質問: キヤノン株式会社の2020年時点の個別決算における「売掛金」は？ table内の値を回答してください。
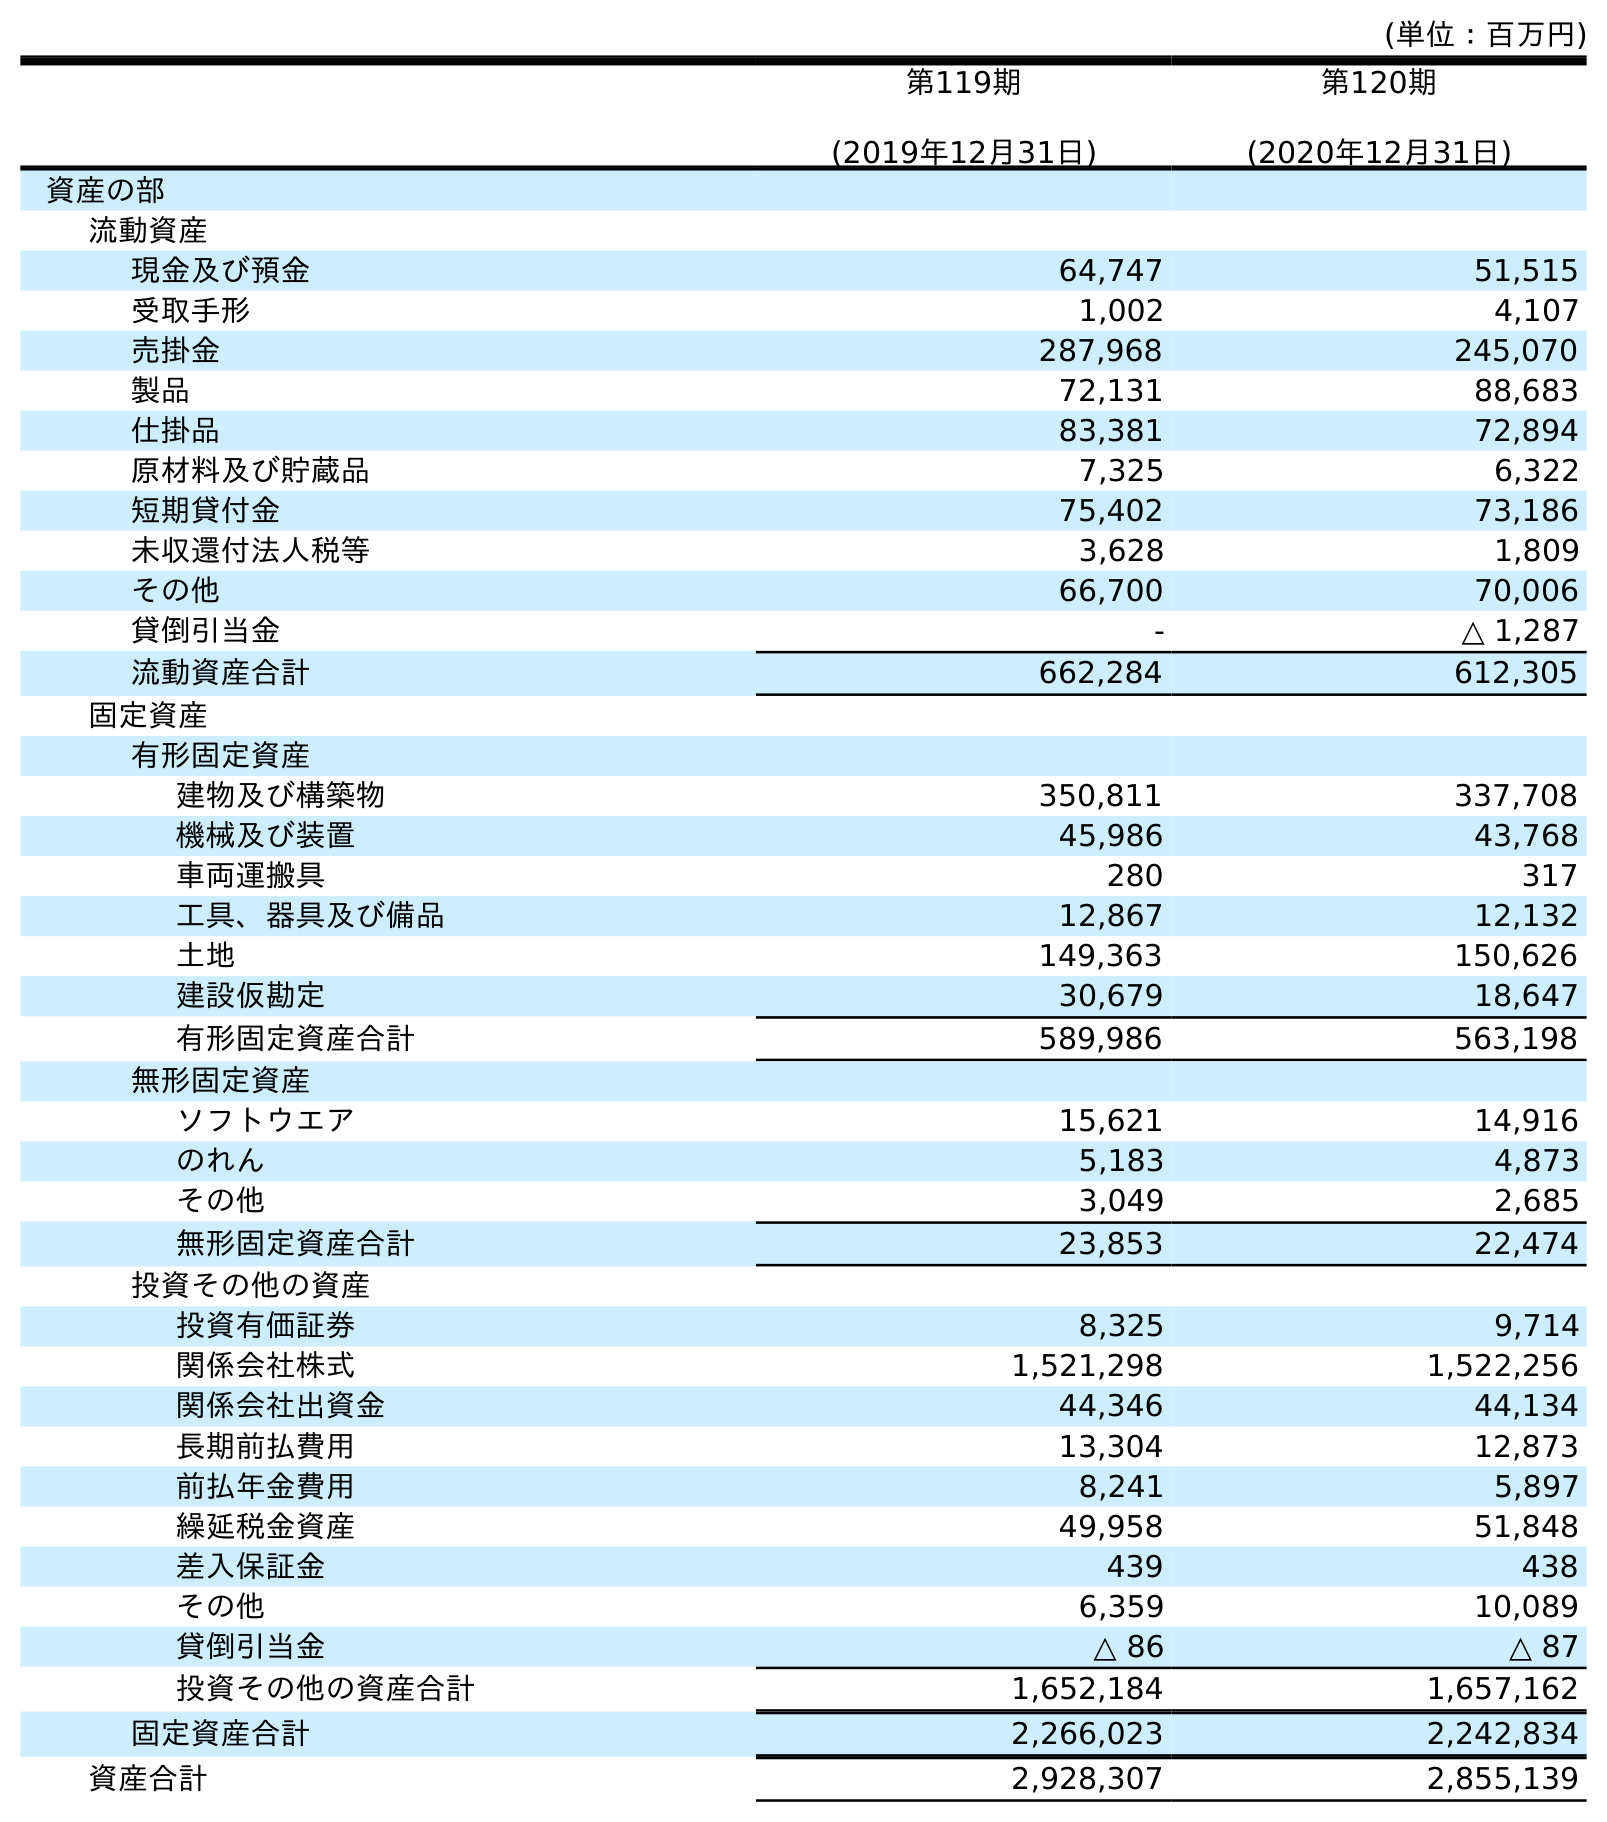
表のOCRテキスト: (単位：百万円) 第119期 (2019年12月31日) 第120期 (2020年12月31日) 資産の部 流動資産 現金及び預金 64,747 51,515 受取手形 1,002 4,107 売掛金 287,968 245,070 製品 72,131 88,683 仕掛品 83,381 72,894 原材料及び貯蔵品 7,325 6,322 短期貸付金 75,402 73,186 未収還付法人税等 3,628 1,809 その他 66,700 70,006 貸倒引当金 - △ 1,287 流動資産合計 662,284 612,305 固定資産 有形固定資産 建物及び構築物 350,811 337,708 機械及び装置 45,986 43,768 車両運搬具 280 317 工具、器具及び備品 12,867 12,132 土地 149,363 150,626 建設仮勘定 30,679 18,647 有形固定資産合計 589,986 563,198 無形固定資産 ソフトウエア 15,621 14,916 のれん 5,183 4,873 その他 3,049 2,685 無形固定資産合計 23,853 22,474 投資その他の資産 投資有価証券 8,325 9,714 関係会社株式 1,521,298 1,522,256 関係会社出資金 44,346 44,134 長期前払費用 13,304 12,873 前払年金費用 8,241 5,897 繰延税金資産 49,958 51,848 差入保証金 439 438 その他 6,359 10,089 貸倒引当金 △ 86 △ 87 投資その他の資産合計 1,652,184 1,657,162 固定資産合計 2,266,023 2,242,834 資産合計 2,928,307 2,855,139
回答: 245,070